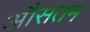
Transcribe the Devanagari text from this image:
औसतम